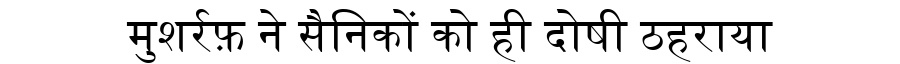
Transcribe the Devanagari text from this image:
मुशर्रफ़ ने सैनिकों को ही दोषी ठहराया